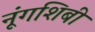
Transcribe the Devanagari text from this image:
नूंगशिबी